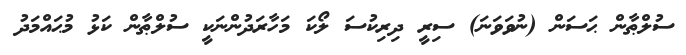
ސުލްޠާން ޙަސަން (ނުވަވަނަ) ސިރީ ދިރިކުސަ ލޯކަ މަހާރަދުންނަކީ ސުލްޠާން ކަޅު މުޙައްމަދު